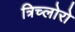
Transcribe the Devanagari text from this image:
त्रिच्लोरो